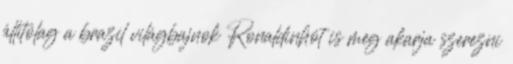
állítólag a brazil világbajnok Ronaldinhót is meg akarja szerezni